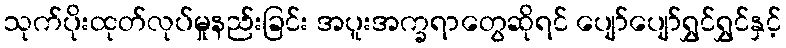
သုက်ပိုးထုတ်လုပ်မှုနည်းခြင်း အပူးအက္ခရာတွေဆိုရင် ပျော်ပျော်ရွှင်ရွှင်နှင့်